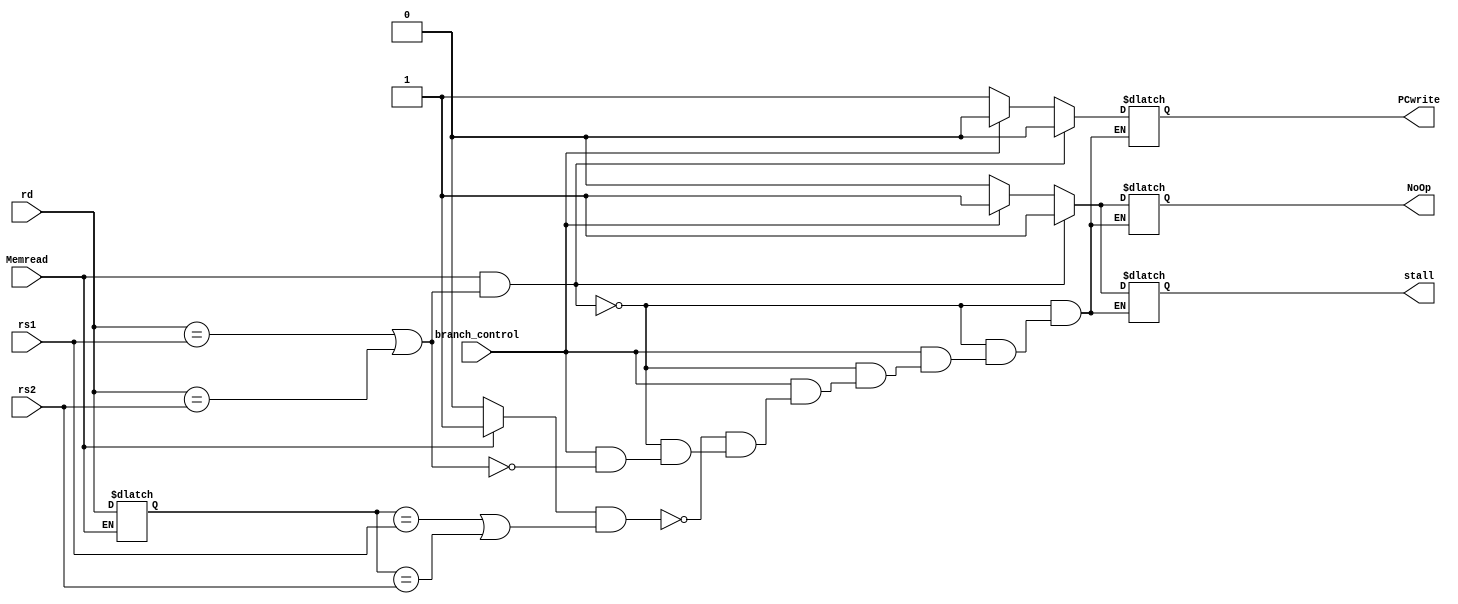
module Hazard_Detection_Unit(rs1,rs2,Memread,branch_control,rd,PCwrite,stall,NoOp);
input [4:0] rs1,rs2,rd;
input Memread , branch_control;
output reg PCwrite , stall , NoOp;

reg prevlw;
reg [4:0] prevlwrd;
initial begin
	prevlw = 0;
	prevlwrd = 5'b0;
end

// Data hazard (lw)
always @ (rs1 or rs2 or rd or Memread) begin
	//Data hazard (lw)
	if (Memread == 1 && (rd == rs1 || rd == rs2) ) begin
		stall = 1;
		NoOp = 1;
		PCwrite = 0;
	end 
	// control hazard
	else if (branch_control == 1)begin 
		if (rd == rs1 || rd == rs2) begin
			stall = 1;
			NoOp = 1;
			PCwrite = 0;
		end
		if (prevlw == 1 && (prevlwrd == rs1 || prevlwrd == rs2 ) ) begin
			stall = 1;
			NoOp = 1;
			PCwrite = 0;
		end
	end
	else begin
		stall = 0;
		NoOp = 0;
		PCwrite = 1;		
	end

	if (Memread == 1) begin
		prevlw = 1;
		prevlwrd = rd;
	end
	else 
		prevlw = 0;
 
end

endmodule